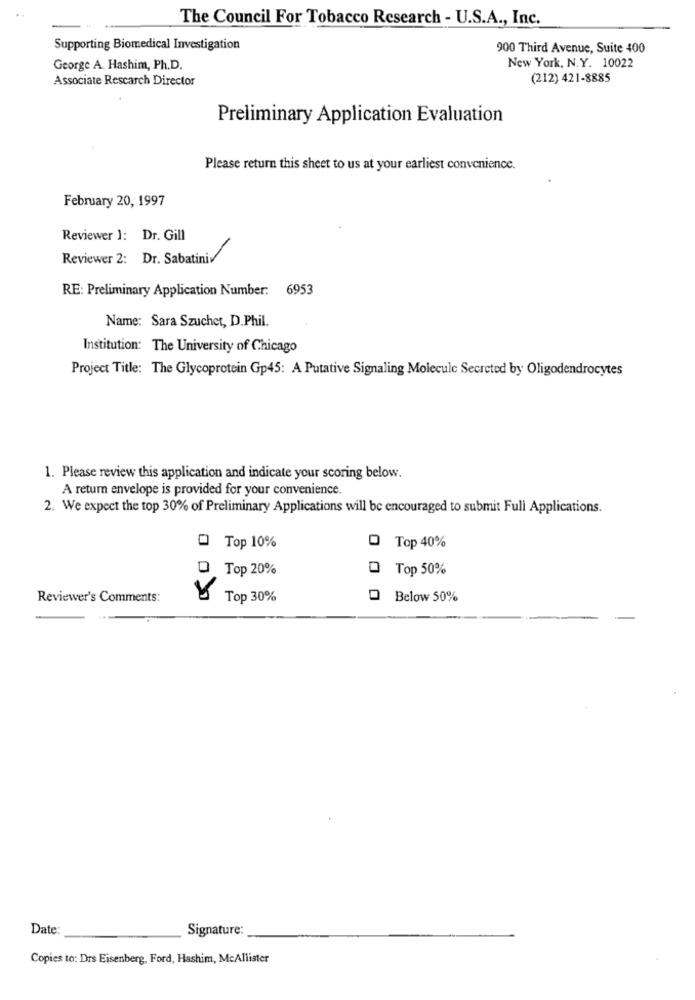
The Council For Tobacco Research - U.S.A ., Inc.
Supporting Biomedical Investigation
900 Third Avenue, Suite 400
George A. Hashim, Ph.D.
New York, N.Y. 10022
Associate Rescarch Director
(212) 421-8885
Preliminary Application Evaluation
Please return this sheet to us at your earliest convenience.
February 20, 1997
Reviewer 1: Dr. Gill
Reviewer 2: Dr. SabatiniV
RE: Preliminary Application Number: 6953
Name: Sara Szuchet, D.Phil.
Institution: The University of Chicago
Project Title: The Glycoprotein Gp45: A Putative Signaling Molecule Secreted by Oligodendrocytes
1. Please review this application and indicate your scoring below.
A return envelope is provided for your convenience.
2. We expect the top 30% of Preliminary Applications will be encouraged to submit Full Applications.
0
Top 10%
O Top 40%
D Top 20%
D Top 50%
Reviewer's Comments:
Top 30%
Below 50%
Date:
Signature:
Copies to: Drs Eisenberg, Ford, Hashim, McAllister